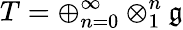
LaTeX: T=\oplus_{n=0}^{\infty}\otimes_{1}^{n}{\mathfrak{g}}